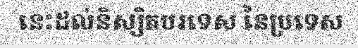
នេះដល់និស្សិតបរទេស នៃប្រទេស